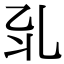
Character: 𠃡